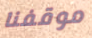
موقفنا